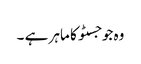
وہ جوجسٹو کا ماہر ہے ۔